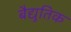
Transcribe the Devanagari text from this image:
बैद्युतिक